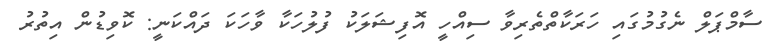
ސާމްޕަލް ނެގުމުގައި ހަރަކާތްތެރިވާ ސިއްހީ އޮފިޝަލަކު ފުލުހަކާ ވާހަކަ ދައްކަނީ: ކޮވިޑުން އިތުރު